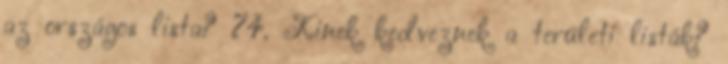
az országos lista? 74. Kinek kedveznek a területi listák?